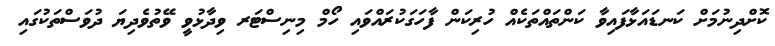
ކޮށްދިނުމަށް ކަނޑައަޅާފައިވާ ކަންތައްތަކެއް ހުރިކަން ފާހަގަކުރައްވައި ހޯމް މިނިސްޓަރ ވިދާޅުވީ ވޭތުވެދިޔަ ދުވަސްތަކުގައި